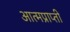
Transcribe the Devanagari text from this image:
आत्मप्राप्ती